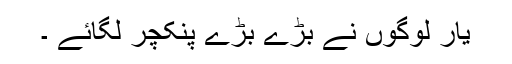
یار لوگوں نے بڑے بڑے پنکچر لگائے ۔